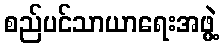
စည်ပင်သာယာရေးအဖွဲ့